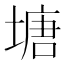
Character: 塘